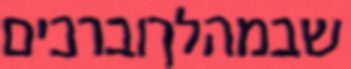
שבמהלךוברכים